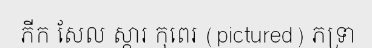
ភីក សែល ស្ការ កុពេរ (pictured) ភទ្រា